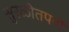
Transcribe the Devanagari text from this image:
सुरळीतपणें